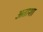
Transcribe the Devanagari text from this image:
अताशा